Note on the mental hospitals in Burma - 1925-1940
Year: 1925
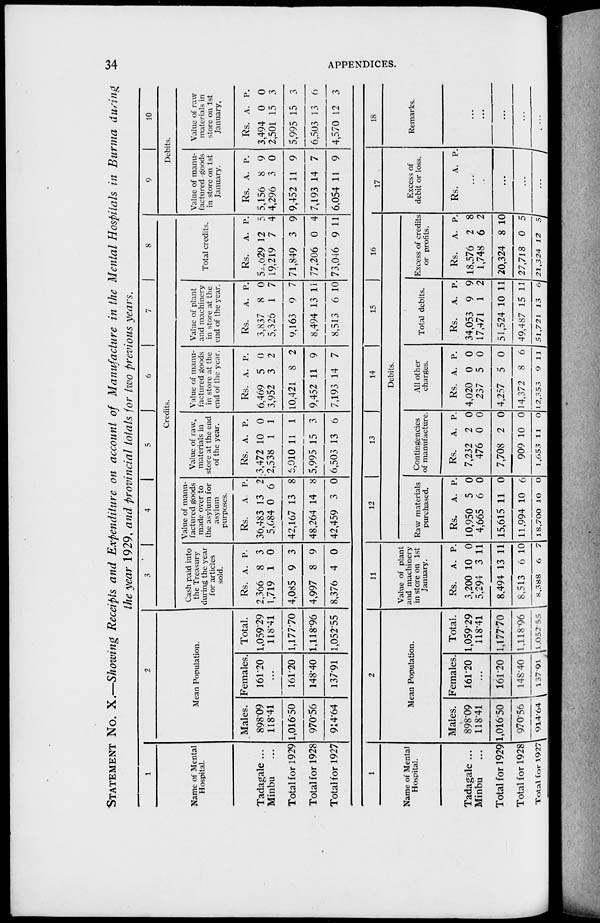
34
APPENDICES.
STATEMENT No. X.—Showing Receipts and Expenditure on account of Manufacture in the Mental Hospitals in Burma during
the year 1929, and Provincial totals for two previous years.
1
Name of Mental
Hospital.
Tadagale ...
Minbu ...
Total for 1929
Total for 1928
Total for 1927
2
Mean Population.
Males.
898.09
118.41
1,016.50
970.56
914.64
Females.
161.20
...
161.20
148.40
137.91
Total.
1,059.29
118.41
1,177.70
1,118.96
1,052.55
3
4
5
6
7
8
Credits.
Cash paid into
the Treasury
during the year
for articles
sold.
Rs.
2,366
1,719
4,085
4,997
8,376
A.
8
1
9
8
4
P.
3
0
3
9
0
Value of manu-
factured goods
made over to
the asylum for
asylum
purposes.
Rs.
36,483
5,684
42,167
48,264
42,459
A.
13
0
13
14
3
P.
2
6
8
8
0
Value of raw
materials in
store at the end
of the year.
Rs.
3,472
2,538
6,010
5,995
6,503
A.
10
1
11
15
13
P.
0
1
1
3
6
Value of manu-
factured goods
in store at the
end of the year.
Rs.
6,469
3,952
10,421
9,452
7,193
A.
5
3
8
11
14
P.
0
2
2
9
7
Value of plant
and machinery
in store at the
end of the year.
Rs.
3,837
5,326
9,163
8,494
8,513
A.
8
1
9
13
6
P.
0
7
7
11
10
Total credits.
Rs.
52,629
19,219
71,849
77,206
73,046
A.
12
7
3
0
9
P.
5
4
9
4
11
9
10
Debits.
Value of manu-
factured goods
in store on 1st
January.
Rs.
5,156
4,296
9,452
7,193
6,054
A.
8
3
11
14
11
P.
9
0
9
7
9
Value of raw
materials in
store on 1st
January.
Rs.
3,494
2,501
5,995
6,503
4,570
A.
0
15
15
13
12
P.
0
3
3
6
3
1
Name of Mental
Hospital.
Tadagale ...
Minbu ...
Total for 1929
Total for 1928
Total for 1927
2
Mean Population.
Males.
898.09
118.41
1,016.50
970.56
914.64
Females.
161.20
...
161.20
148.40
137.91
Total.
1,059.29
118.41
1,177.70
1,118.96
1,052.55
11
Value of plant
and machinery
in store on 1st
January.
Rs.
3,200
5,294
8,494
8,513
8,388
A.
10
3
13
6
6
P.
0
11
11
10
7
12 13
14
15
16
Debits.
Raw materials
purchased.
Rs.
10,950
4,665
15,615
11,994
1,18,700
A.
5
6
11
10
10
P.
0
0
0
6
0
Contingencies
of manufacture.
Rs.
7,232
476
7,708
909
1,653
A.
2
0
2
10
11
P.
0
0
0
0
0
All other
charges.
Rs.
4,020
257
4,257
14,372
12,353
A.
0
5
5
8
9
P.
0
0
0
6
11
Total debits.
Rs.
34,053
17,471
51,524
49,487
51,721
A.
9
1
10
15
13
P.
9
2
11
11
6
Excess of credits
or profits.
Rs.
18,576
1,748
20,324
27,718
21,324
A.
2
6
8
0
12
P.
8
2
10
5
5
17
Excess of
debit or loss.
Rs. A. P.
...
...
...
...
18
Remarks.
...
...
...
...
...